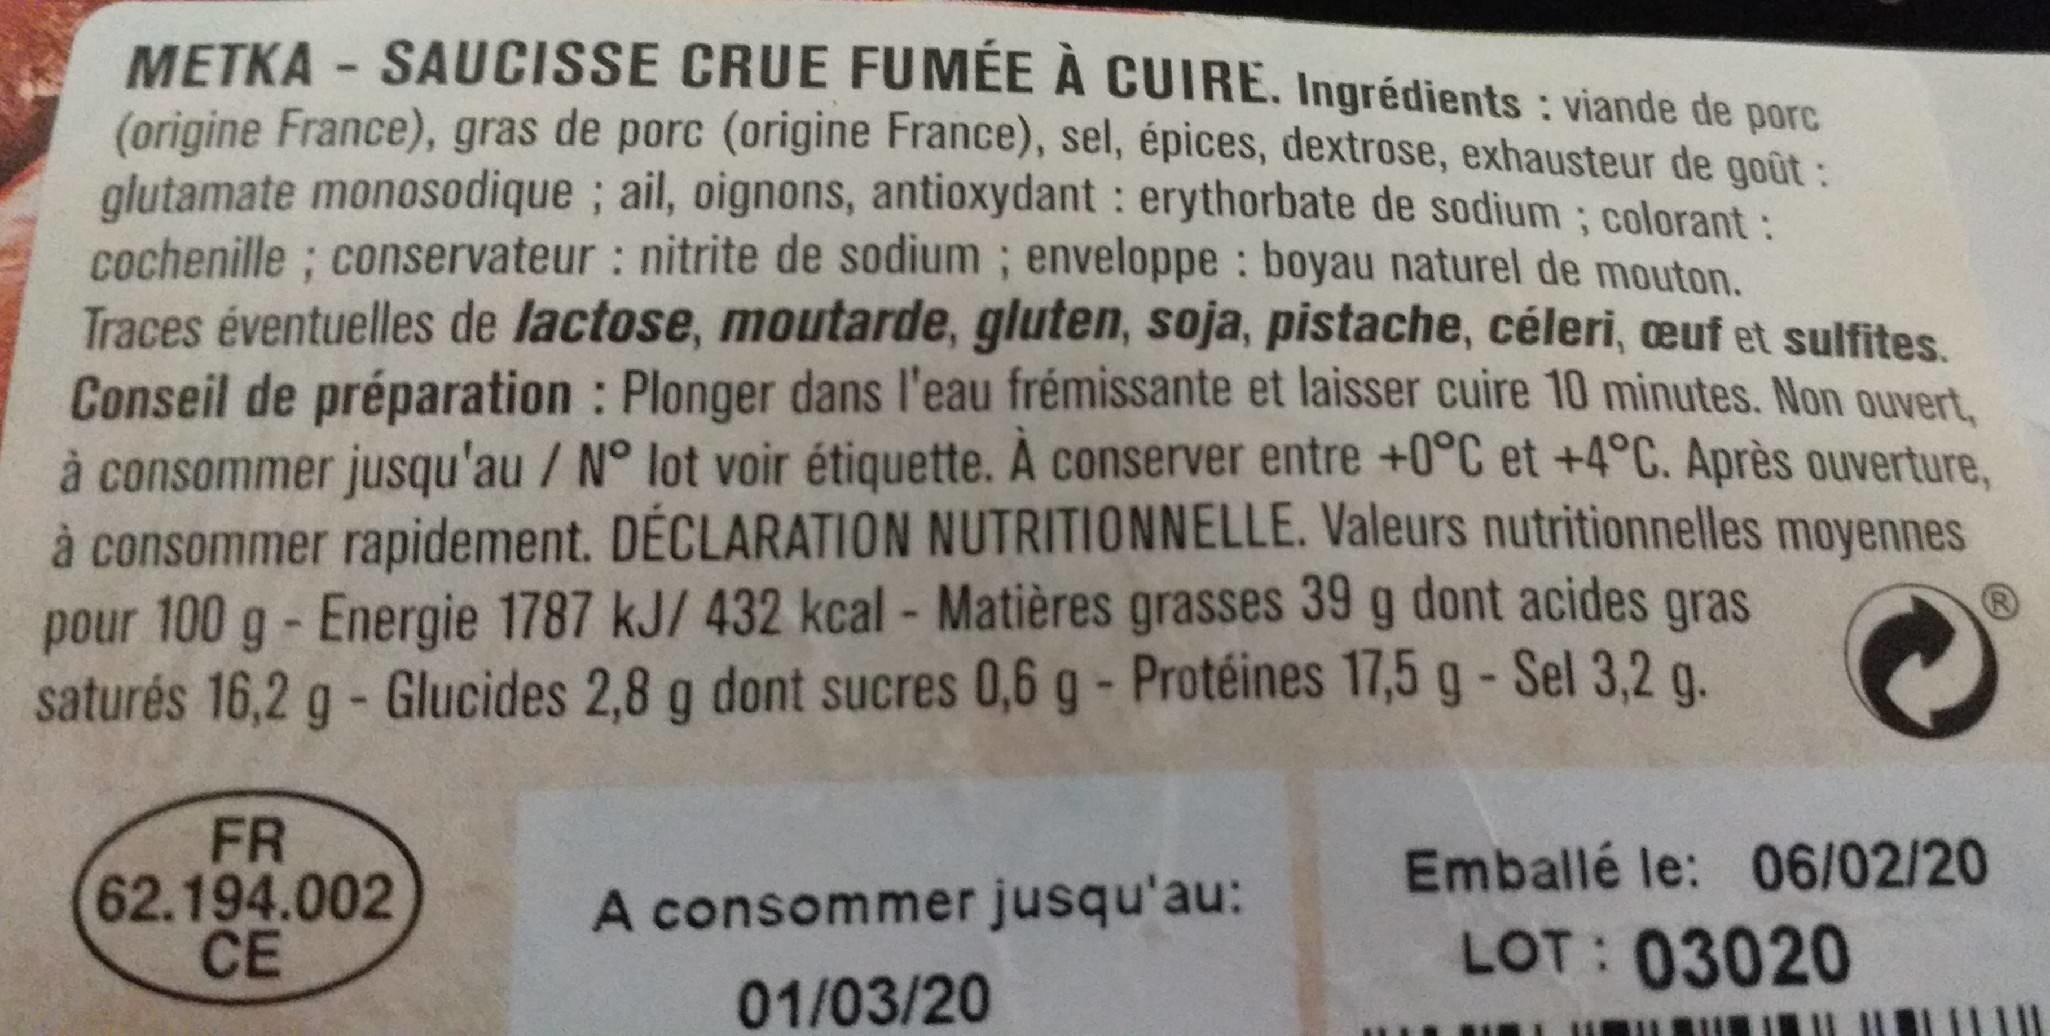
METKA - SAUCISSE CRUE FUMEE A CUIRE. Ingrédients : viande de porc (origine France), gras de porc (origine France), sel, épices, dextrose, exhausteur de goût : glutamate monosodique; ail, oignons, antioxydant : erythorbate de sodium ; colorant: cochenille; conservateur : nitrite de sodium ; enveloppe : boyau naturel de mouton. Traces éventuelles de lactose, moutarde, gluten, soja, pistache, céleri, euf et sulfites. Conseil de préparation : Plonger dans l'eau frémissante et laisser cuire 10 minutes. Non ouvert, à consommer jusqu'au / N° lot voir étiquette. A conserver entre +0°C et +4°C. Après ouverture, à consommer rapidement. DÉCLARATION NUTRITIONNELLE. Valeurs nutritionnelles moyennes pour 100 g- Energie 1787 kJ/ 432 kcal - Matières grasses 39 g dont acides gras saturés 16,2 g- Glucides 2,8 g dont sucres 0,6 g- Protéines 17,5 g-Sel 3,2 g. FR 62.194.002 CE Emballé le: 06/02/20 A consommer jusqu'au: LOT: 03020 01/03/20